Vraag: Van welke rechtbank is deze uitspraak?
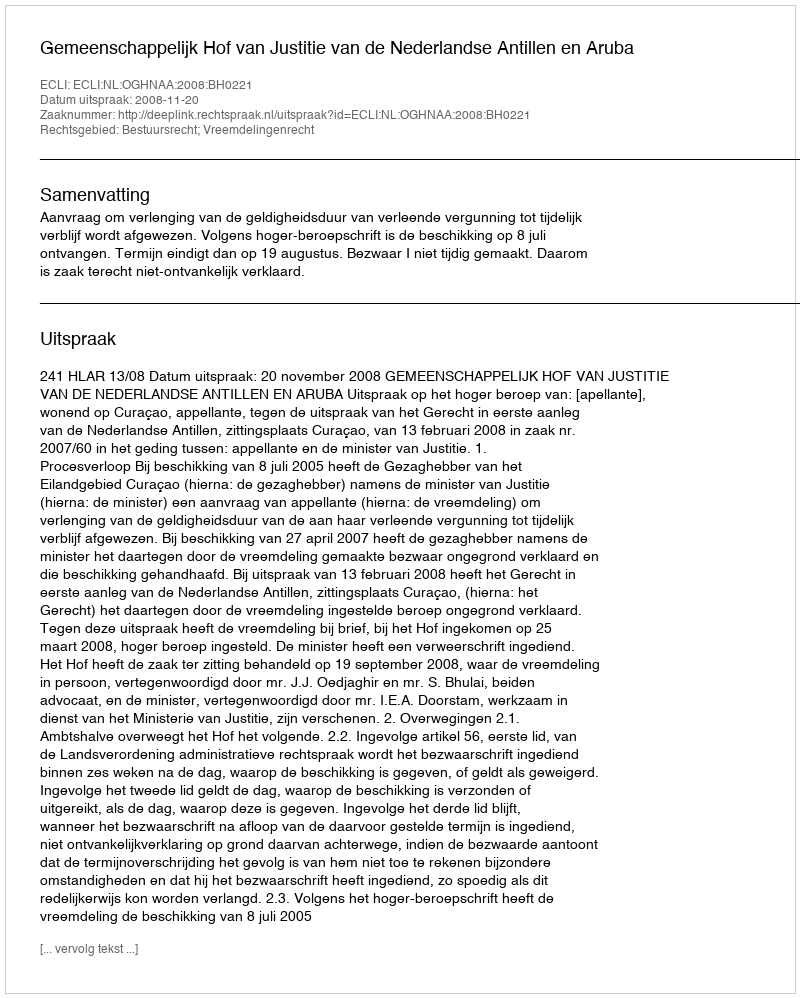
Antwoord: Gemeenschappelijk Hof van Justitie van de Nederlandse Antillen en Aruba